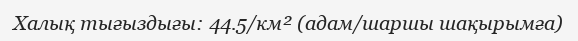
Халық тығыздығы: 44.5/км² (адам/шаршы шақырымға)